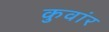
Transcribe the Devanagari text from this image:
कुवांर